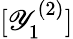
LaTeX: [\mathscr{Y}_{1}^{(2)}]